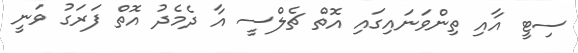
ސިޓީ އާއި ތިންވަނައިގައި އޮތް ޗެލްސީ އާ ދެމެދު އޮތް ފަރަގު ވަނީ